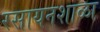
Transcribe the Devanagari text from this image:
रसायनशाळा